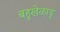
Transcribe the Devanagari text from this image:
बहुखेळाडू